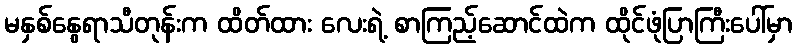
မနှစ်နွေရာသီတုန်းက ထိတ်ထား လေးရဲ့ စာကြည့်ဆောင်ထဲက ထိုင်ဖုံပြာကြီးပေါ်မှာ